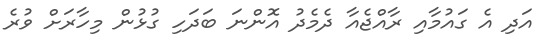
އަދި އެ ގައުމާއި ރާއްޖެއާ ދެމެދު އޮންނަ ބަދަހި ގުޅުން މިހާރަށް ވުރެ